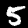
Label: 5